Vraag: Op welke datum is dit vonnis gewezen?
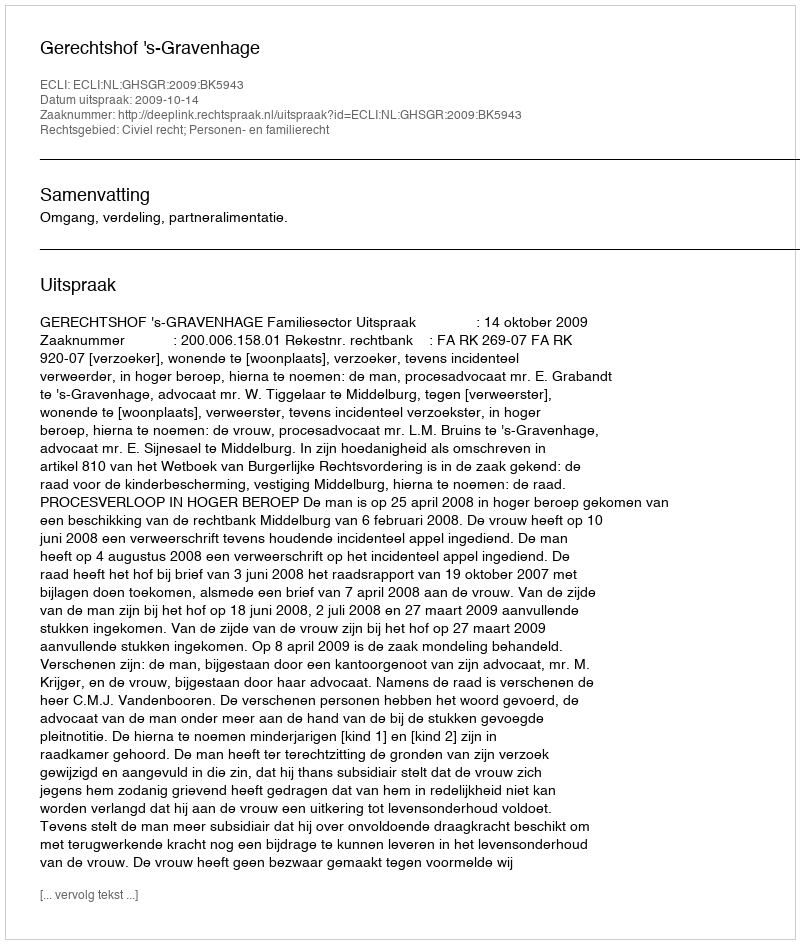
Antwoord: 2009-10-14